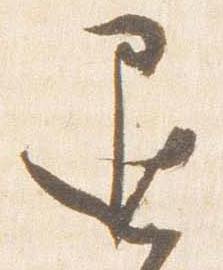
退